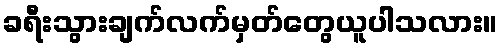
ခရီးသွားချက်လက်မှတ်တွေယူပါသလား။